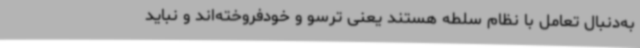
به‌دنبال تعامل با نظام سلطه هستند یعنی ترسو و خودفروخته‌اند و نباید